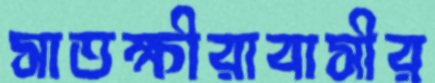
সাতক্ষীরাবাসীর